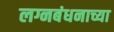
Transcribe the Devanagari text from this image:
लग्नबंधनाच्या